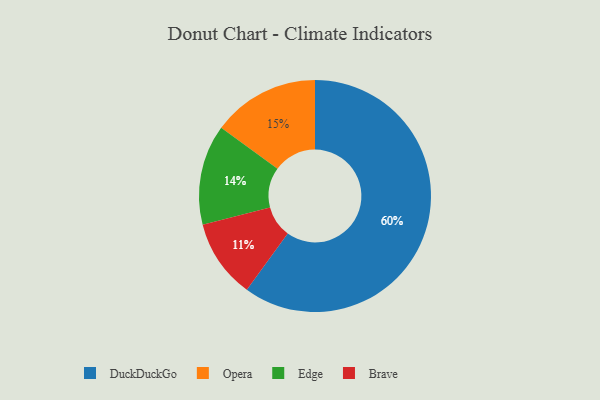
{"axis": {"x": "Category", "y": "Percentage"}, "legend": ["Brave", "DuckDuckGo", "Edge", "Opera"], "data": [{"x": "Edge", "y": 14, "type": "Edge"}, {"x": "Opera", "y": 15, "type": "Opera"}, {"x": "Brave", "y": 11, "type": "Brave"}, {"x": "DuckDuckGo", "y": 60, "type": "DuckDuckGo"}]}